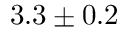
3 . 3 \pm 0 . 2